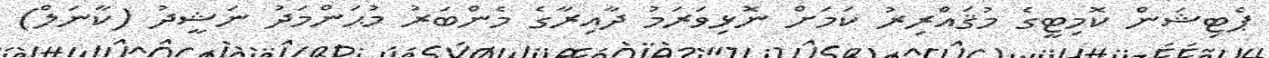
ޕެޓިޝަން ކޮމިޓީގެ މުޤައްރިރު ކަމަށް ނޮޅިވަރަމު ދާއިރާގެ މެންބަރު މުޙަންމަދު ނަޝީދު (ކާނަލް)